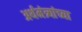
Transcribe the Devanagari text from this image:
अर्थमंत्र्यांच्या